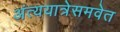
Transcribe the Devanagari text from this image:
अंत्ययात्रेसमवेत